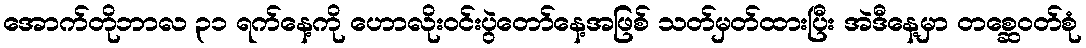
အောက်တိုဘာလ ၃၁ ရက်နေ့ကို ဟောလိုးဝင်းပွဲတော်နေ့အဖြစ် သတ်မှတ်ထားပြီး အဲဒီနေ့မှာ တစ္ဆေဝတ်စုံ